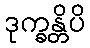
ဒုက္ခန္တိပိ